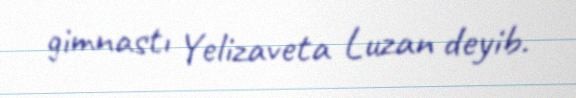
gimnastı Yelizaveta Luzan deyib.